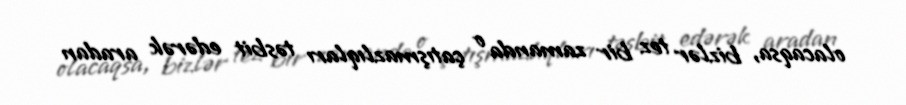
olacaqsa, bizlər tez bir zamanda o çatışmazlıqları təsbit edərək aradan